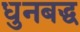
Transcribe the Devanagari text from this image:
धुनबद्ध